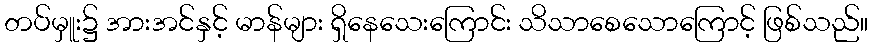
တပ်မှူး၌ အားအင်နှင့် မာန်များ ရှိနေသေးကြောင်း သိသာစေသောကြောင့် ဖြစ်သည်။